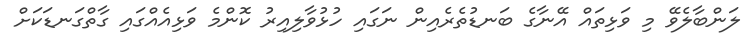
ލަންބާލެވޭ މި ވަޅިތައް އޭނާގެ ބަނޑުތެރެއިން ނަގައި ހުޅުވާލިއިރު ކޮންމެ ވަޅިއެއްގައި ގާތްގަނޑަކަށް